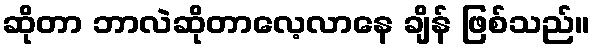
ဆိုတာ ဘာလဲဆိုတာလေ့လာနေ ချိန် ဖြစ်သည်။